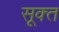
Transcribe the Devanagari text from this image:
सूक्‍त